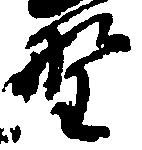
野